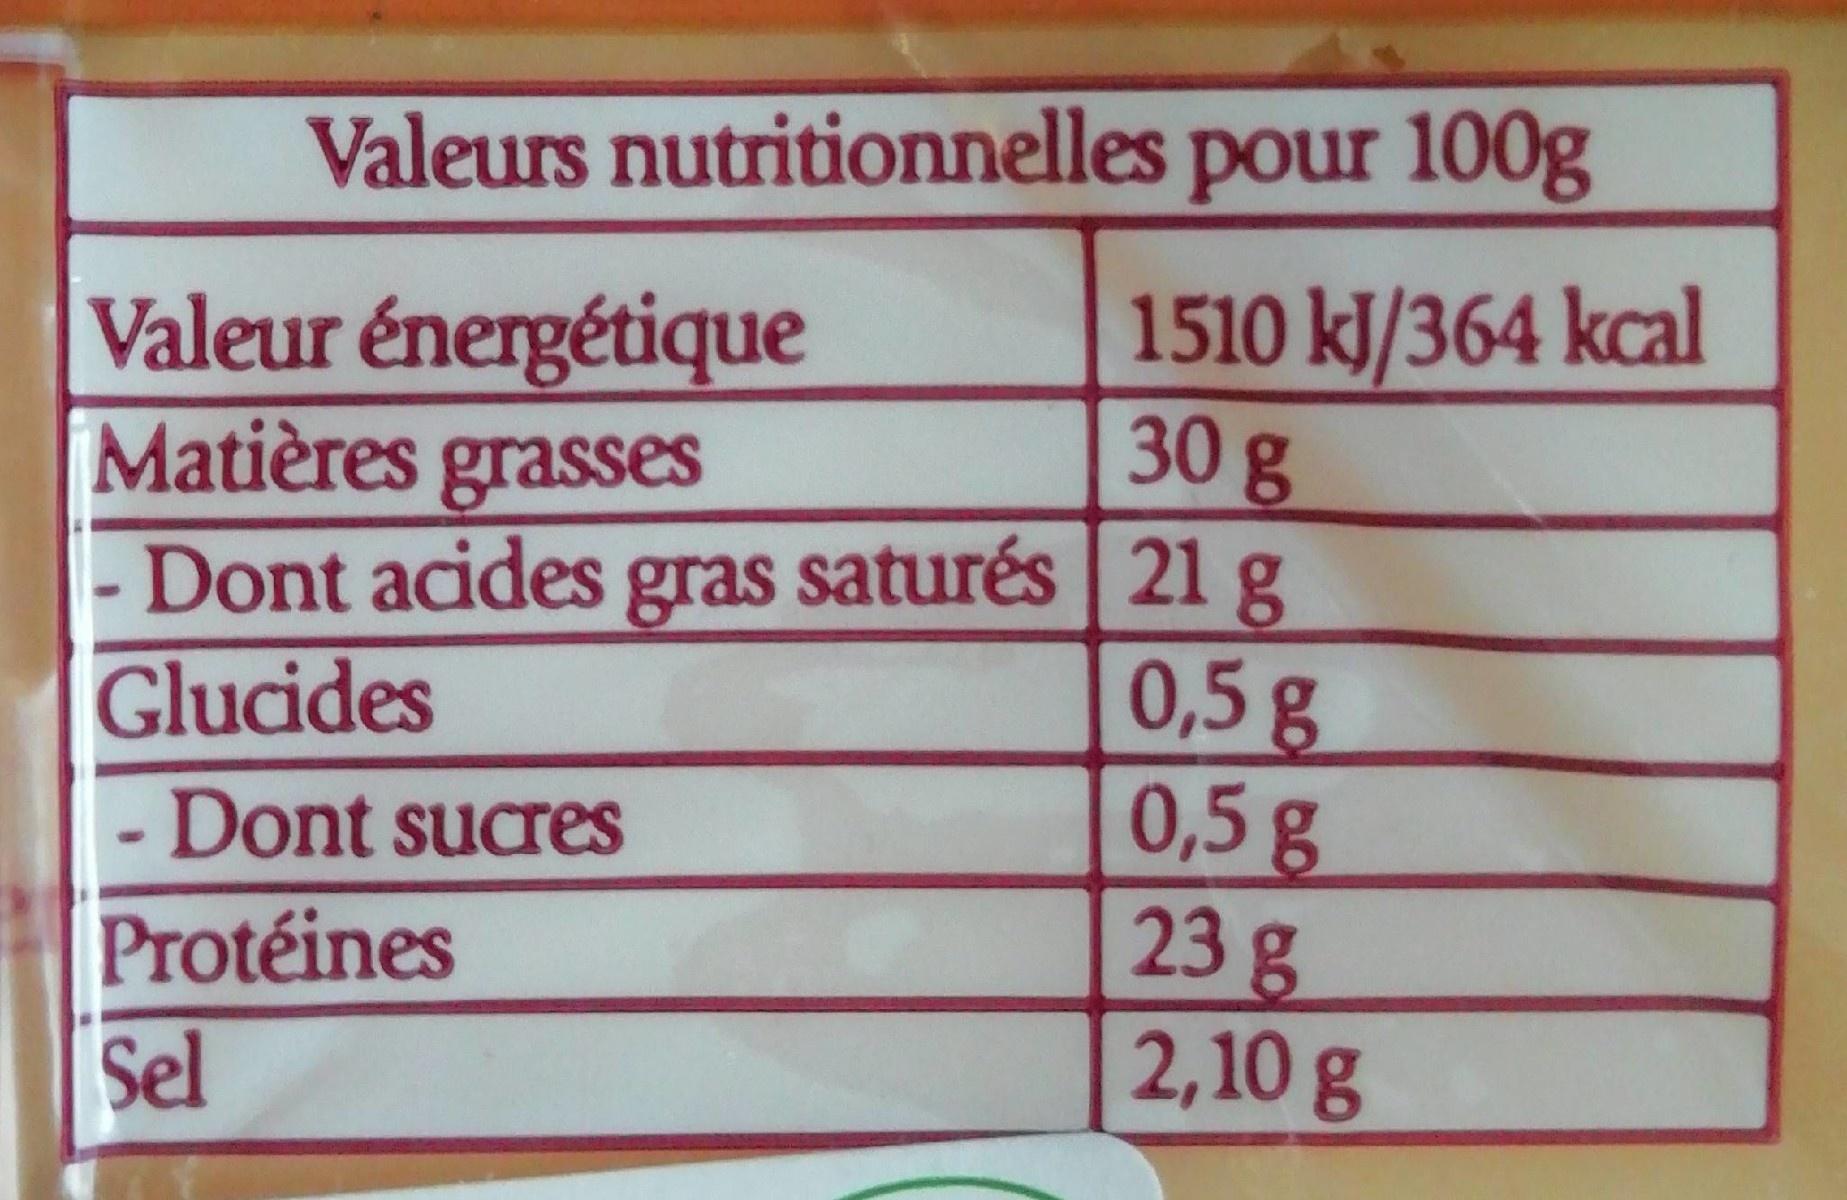
Valeurs nutritionnelles pour 100g
Valeur énergétique Matières grasses
1510 kJ/364 kcal 30g
- Dont acides gras saturés 21 g
0,5g 0,5g 23g 2,10 g
Glucides
- Dont sucres
Protéines
Sel